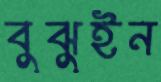
বুঝুইন